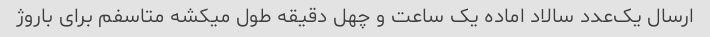
ارسال یک‌عدد سالاد اماده یک ساعت و چهل دقیقه طول میکشه متاسفم برای باروژ